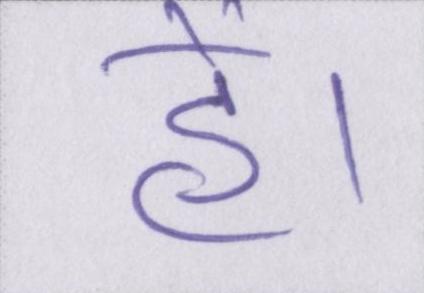
हें।